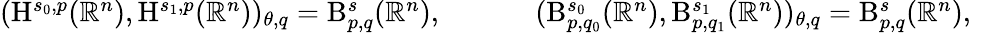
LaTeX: \begin{array}{rl}{(\mathrm{H}^{s_{0},p}(\mathbb{R}^{n}),\mathrm{H}^{s_{1},p}(\mathbb{R}^{n}))_{\theta,q}=\mathrm{B}_{p,q}^{s}(\mathbb{R}^{n})\mathrm{,~}}&{\qquad(\mathrm{B}_{p,q_{0}}^{s_{0}}(\mathbb{R}^{n}),\mathrm{B}_{p,q_{1}}^{s_{1}}(\mathbb{R}^{n}))_{\theta,q}=\mathrm{B}_{p,q}^{s}(\mathbb{R}^{n})\mathrm{,~}}\end{array}